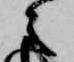
之